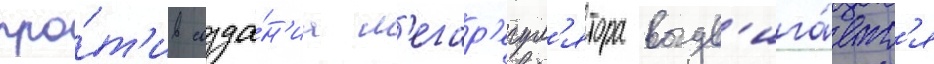
про́т'ив созда́н'иа м'егар'егул'ятора выдв'ига́етс'я